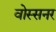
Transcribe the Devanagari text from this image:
वोस्सनर